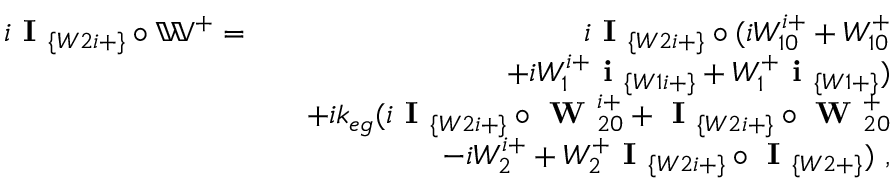
\begin{array} { r l r } { i \textbf { I } _ { \{ W 2 i + \} } \circ \mathbb { W } ^ { + } = } & { } & { i \textbf { I } _ { \{ W 2 i + \} } \circ ( i W _ { 1 0 } ^ { i + } + W _ { 1 0 } ^ { + } } \\ & { } & { ~ ~ ~ ~ ~ ~ + i W _ { 1 } ^ { i + } \textbf { i } _ { \{ W 1 i + \} } + W _ { 1 } ^ { + } \textbf { i } _ { \{ W 1 + \} } ) } \\ & { } & { + i k _ { e g } ( i \textbf { I } _ { \{ W 2 i + \} } \circ \textbf { W } _ { 2 0 } ^ { i + } + \textbf { I } _ { \{ W 2 i + \} } \circ \textbf { W } _ { 2 0 } ^ { + } } \\ & { } & { ~ ~ ~ ~ ~ ~ - i W _ { 2 } ^ { i + } + W _ { 2 } ^ { + } \textbf { I } _ { \{ W 2 i + \} } \circ \textbf { I } _ { \{ W 2 + \} } ) ~ , } \end{array}